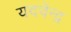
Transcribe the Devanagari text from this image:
यदवेन्द्र